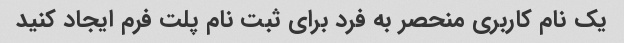
یک نام کاربری منحصر به فرد برای ثبت نام پلت فرم ایجاد کنید